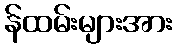
န်ထမ်းများအား